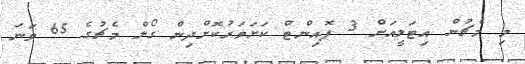
މި މެޗުން އިޓަލީއަށް 3 ޕޮއިންޓް ކަށަވަރުކޮށްދިން ގޯލް މެޗުގެ 65 ވަނަ